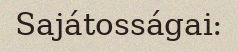
Sajátosságai: